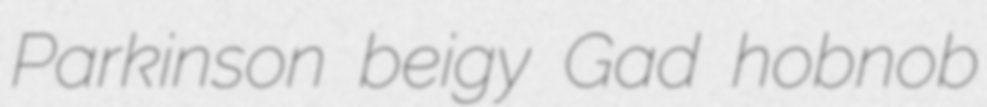
Parkinson beigy Gad hobnob